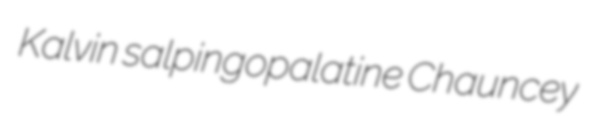
Kalvin salpingopalatine Chauncey